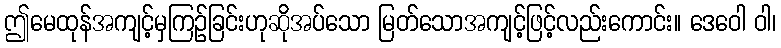
ဤမေထုန်အကျင့်မှကြဉ်ခြင်းဟုဆိုအပ်သော မြတ်သောအကျင့်ဖြင့်လည်းကောင်း။ ဒေဝေါ ဝါ၊